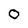
Character: O